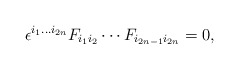
\begin{align*}\epsilon^{i_1\ldots i_{2n}} F_{i_1 i_2} \cdots F_{i_{2n-1} i_{2n}}=0 ,\end{align*}